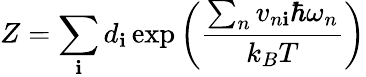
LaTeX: Z=\sum_{\mathbf{i}}d_{\mathbf{i}}\exp\left(\frac{{\sum_{n}v_{n\mathbf{i}}\hbar\omega_{n}}}{{k_{B}T}}\right)